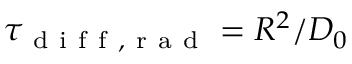
\tau _ { \mathrm { ~ d ~ i ~ f ~ f ~ , ~ r ~ a ~ d ~ } } = R ^ { 2 } / D _ { 0 }